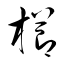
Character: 櫛